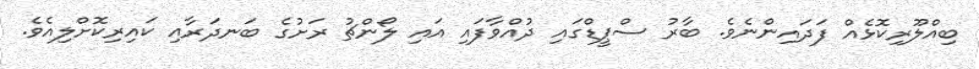
ބިއްލޫރިކޮޅެއް ފަދައިންނެވެ. ބާރު ސްޕީޑްގައި ދުއްވާފައި އައި ލޯންޗު ރަށުގެ ބަނދަރާއި ކައިރިކޮށްލިއެވެ.